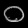
Digit: ၀